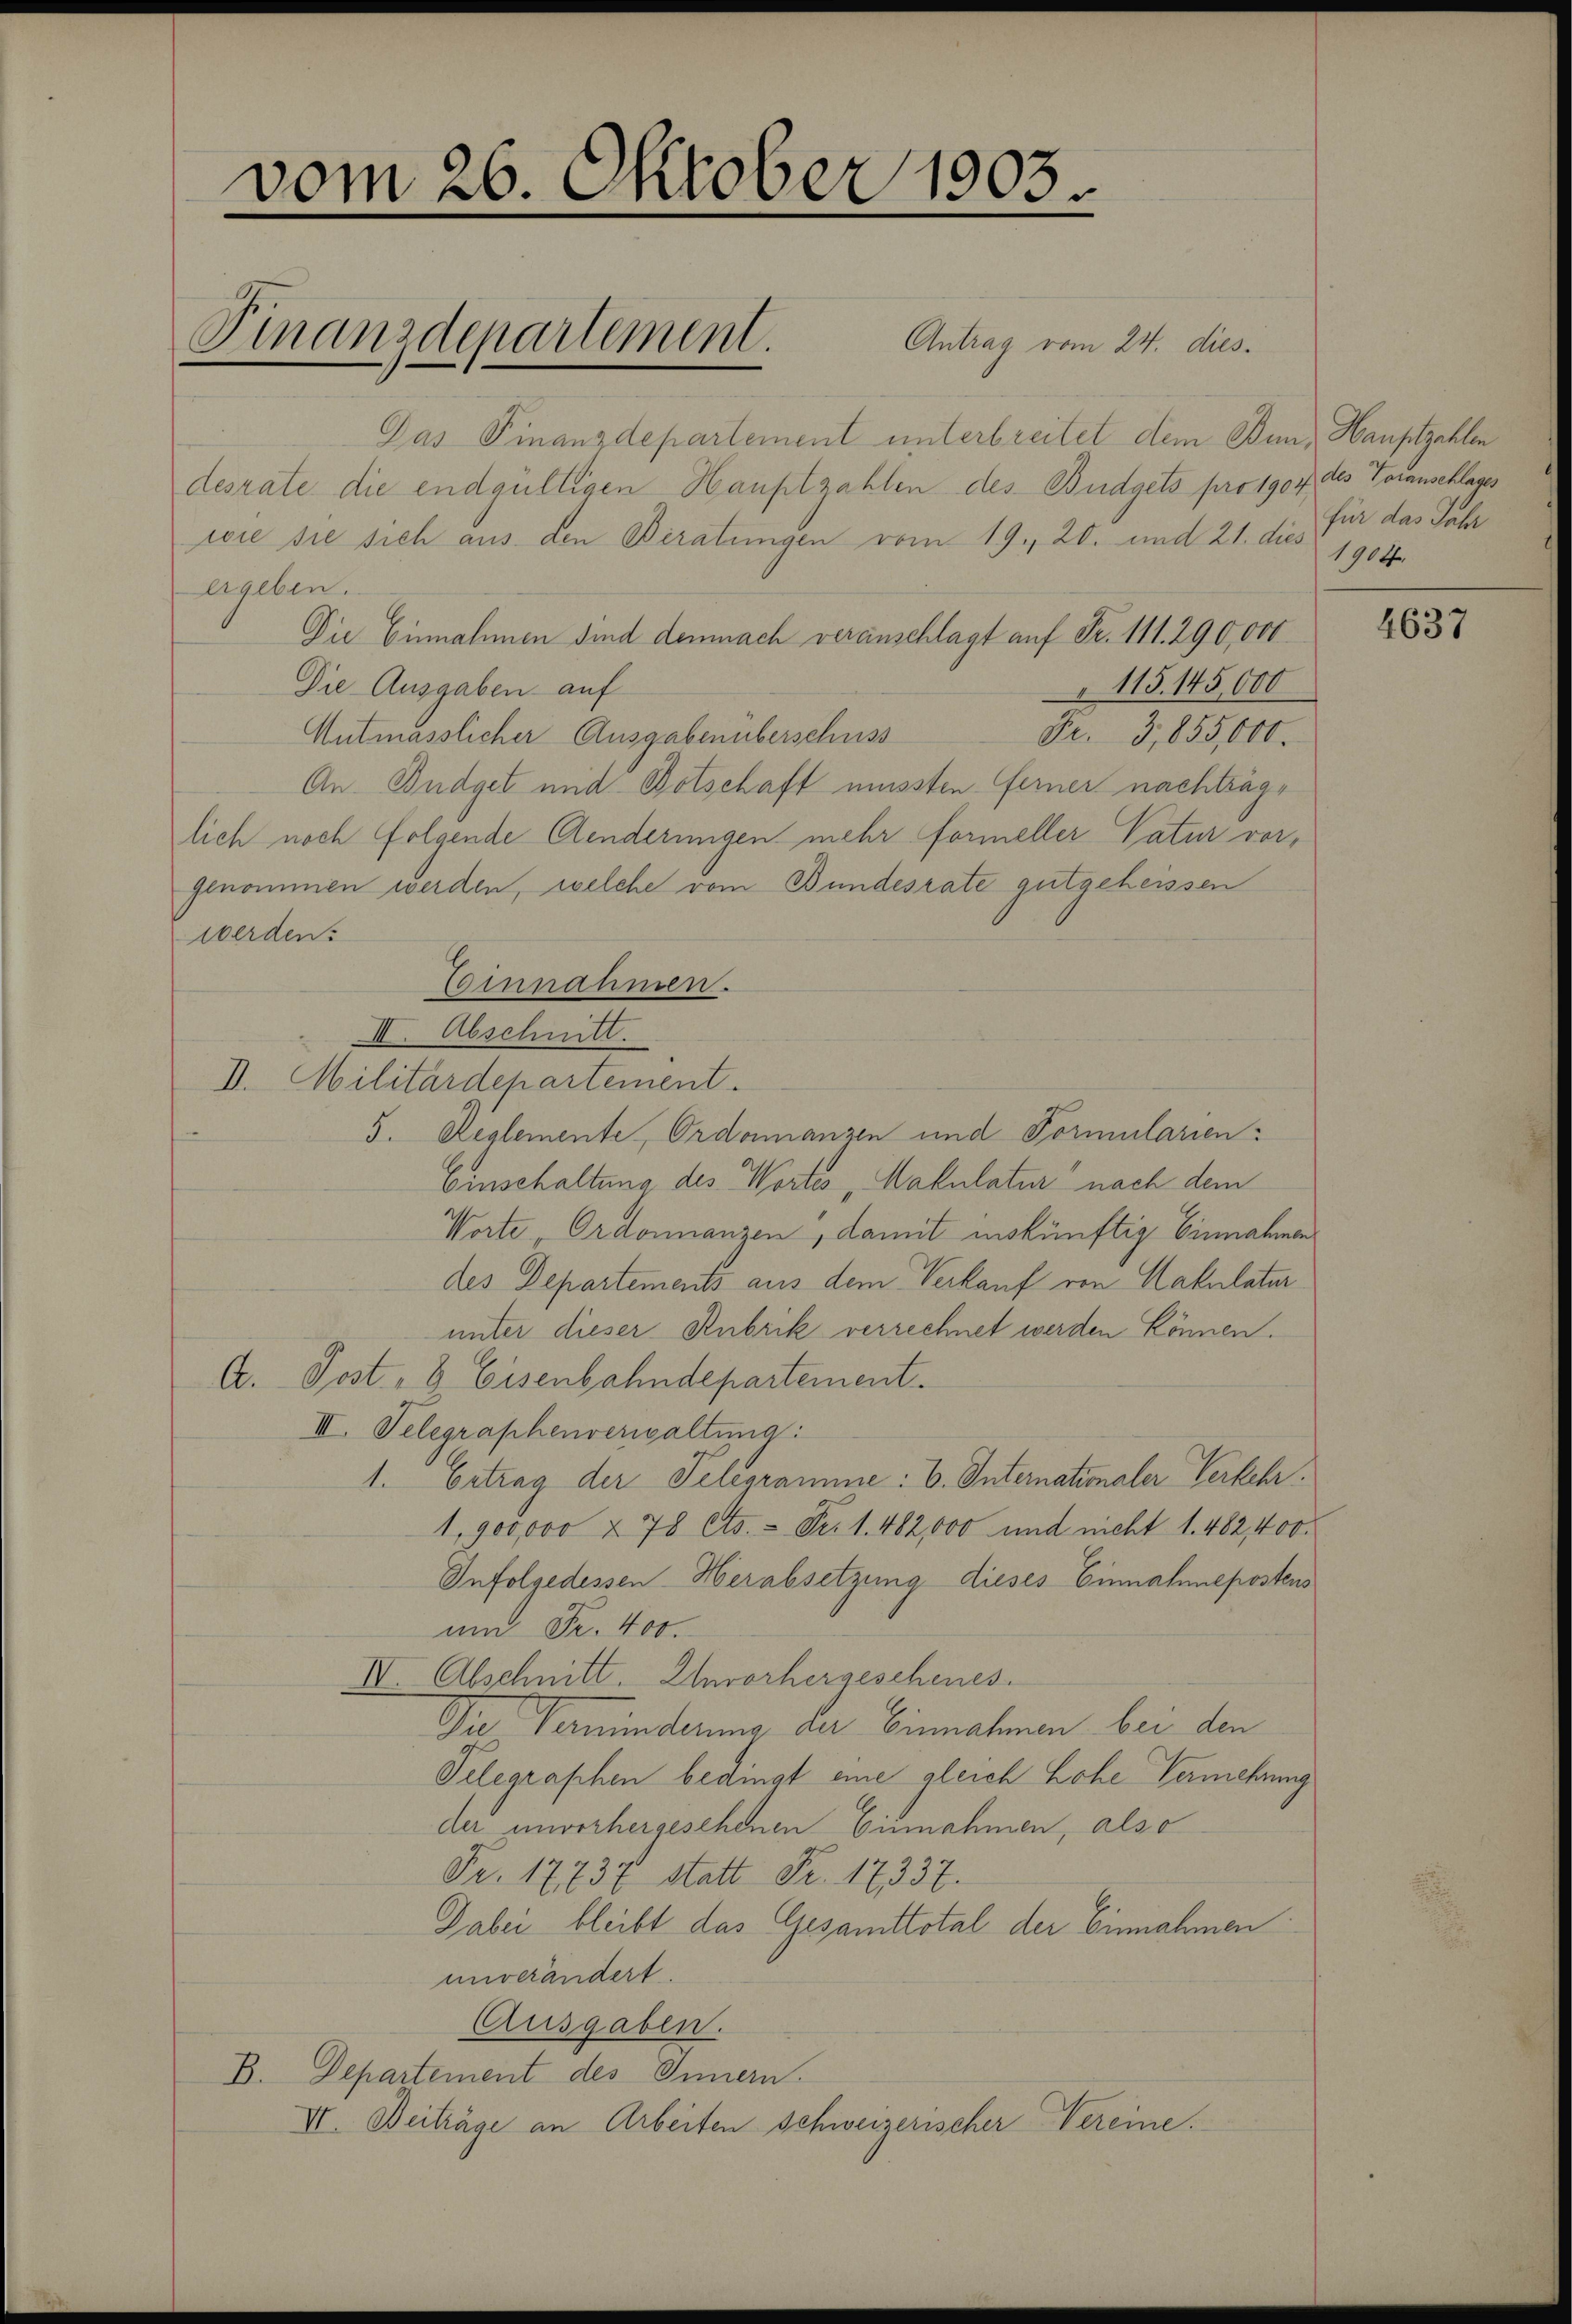
vom 26. Oktober 1803

Antrag vom 24. dies
Das Finanzdepartement unterbreitet dem Bund Hauptzahlen
desrate die endgültigen Hauptzahlen des Budgets pro 1904 des Toranschlages
wie sie sich aus den Beratungen vom 19. 20. und 21. dies 1904
ergeben.
Die Einnahmen sind demnach veranschlagt auf Fr. 111. 290,000
115. 145,000
Die Ausgaben auf
Mutmasslicher Ausgabenüberschuss
Fr. 3,855,000.
An Budget und Botschaft mussten Ferner nachträglich noch folgende Aenderungen mehr formeller Vatur vorgenommen werden, welche vom Bundesrate gutgeheissen
werden.
Coinnahmen.
II. Abschnitt.
V. Militärdepartement.
5. Reglemente Ordonanzen und Formularien:
Einschaltung des Wortes „Makulatur nach dem
Worte Ordonnanzen, damit inskünftig Einnahmen
des Departements aus dem Verkauf von Hakulatur
unter dieser Rubrik verrechnet werden können.
A. Post- & Eisenbahndepartement.
III. Telegraphenverwaltung:
1. Ertrag der Telegramme: b. Internationaler Verkehr
1,900000 & 78 Cts. - Fr. 1. 482,000 und nicht 1. 482,400
Infolgedessen Herabsetzung dieses Einnahmepostens
und Fr. 400.
IV. Abschnitt. Unvorhergeschenes.
Die Verminderung der Einnahmen bei den
Telegraphen bedingt eine gleich Lohe Vermehrung
der unvorhergesehenen Einnahmen, also
Fr. 17737 statt Fr. 17337.
Dabei bleibt das Gesamttotal der Einnahmen.
unverändert.
Ausgaben.
B. Departement des Innern.
VI. Beiträge an Arbeiten schweizerischer Vereine.

Finanzdepartement.

für das Jahr

4637